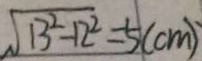
\sqrt { 1 3 ^ { 2 } - 1 2 ^ { 2 } } = 5 ( c m )